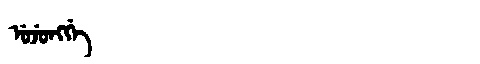
Manchu: ᡠᠵᡠᠩᡤᡝ
Romanization: UJUNGGE